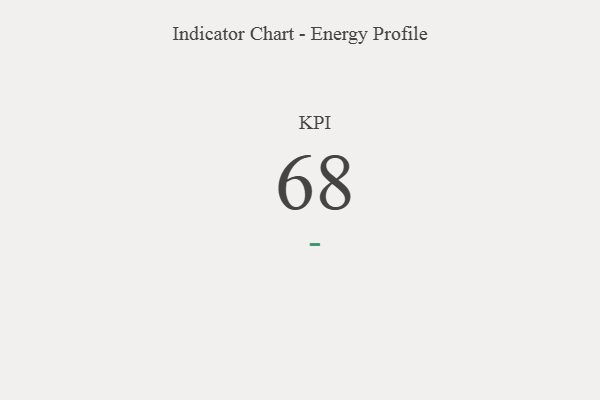
{"axis": {"x": "KPI", "y": "Value"}, "legend": [""], "data": [{"x": "KPI", "y": 68, "type": ""}]}